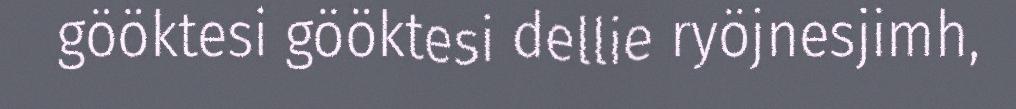
gööktesi gööktesi dellie ryöjnesjimh,